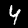
Digit: 4